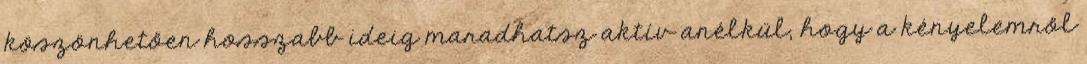
köszönhetően hosszabb ideig maradhatsz aktív anélkül, hogy a kényelemről